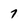
Character: 7